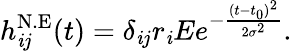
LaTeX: h_{\mathit{i}j}^{\mathrm{{N.E}}}(t)=\delta_{\mathit{i}j}r_{\mathit{i}}Ee^{-\frac{{(t-t_{0})^{2}}}{{2\sigma^{2}}}}.